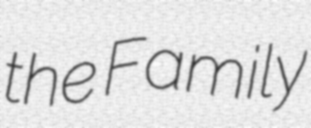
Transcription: the Family